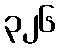
၃၂၆